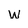
Character: w